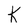
Character: K